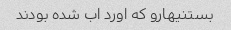
بستنیهارو که اورد اب شده بودند